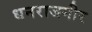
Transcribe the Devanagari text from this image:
धनराजगीर